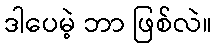
ဒါပေမဲ့ ဘာ ဖြစ်လဲ။